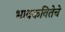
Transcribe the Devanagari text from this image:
भावकवितेचे